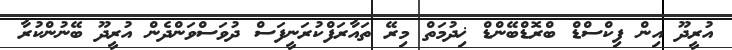
އުރީދޫ އިން ފިކްސްޑް ބްރޮޑްބޭންޑް ޚިދުމަތް މިރޭ ތައާރަފްކުރަނީފަސް ދުވަސްވަންދެން އުރީދޫ ބޭނުންކުރާ